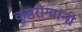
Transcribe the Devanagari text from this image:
कुष्ठरोग्यांनी